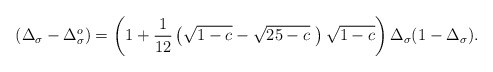
\begin{align*}\protect(\Delta_{\sigma} - \Delta_{\sigma}^{o}) = \left(1 +{\frac{1}{12}}\left(\sqrt{1-c} - \sqrt{25-c}~\right)\sqrt{1-c}\right)\Delta_{\sigma}(1 - \Delta_{\sigma}).\end{align*}